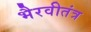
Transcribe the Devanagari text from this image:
भैरवीतंत्र